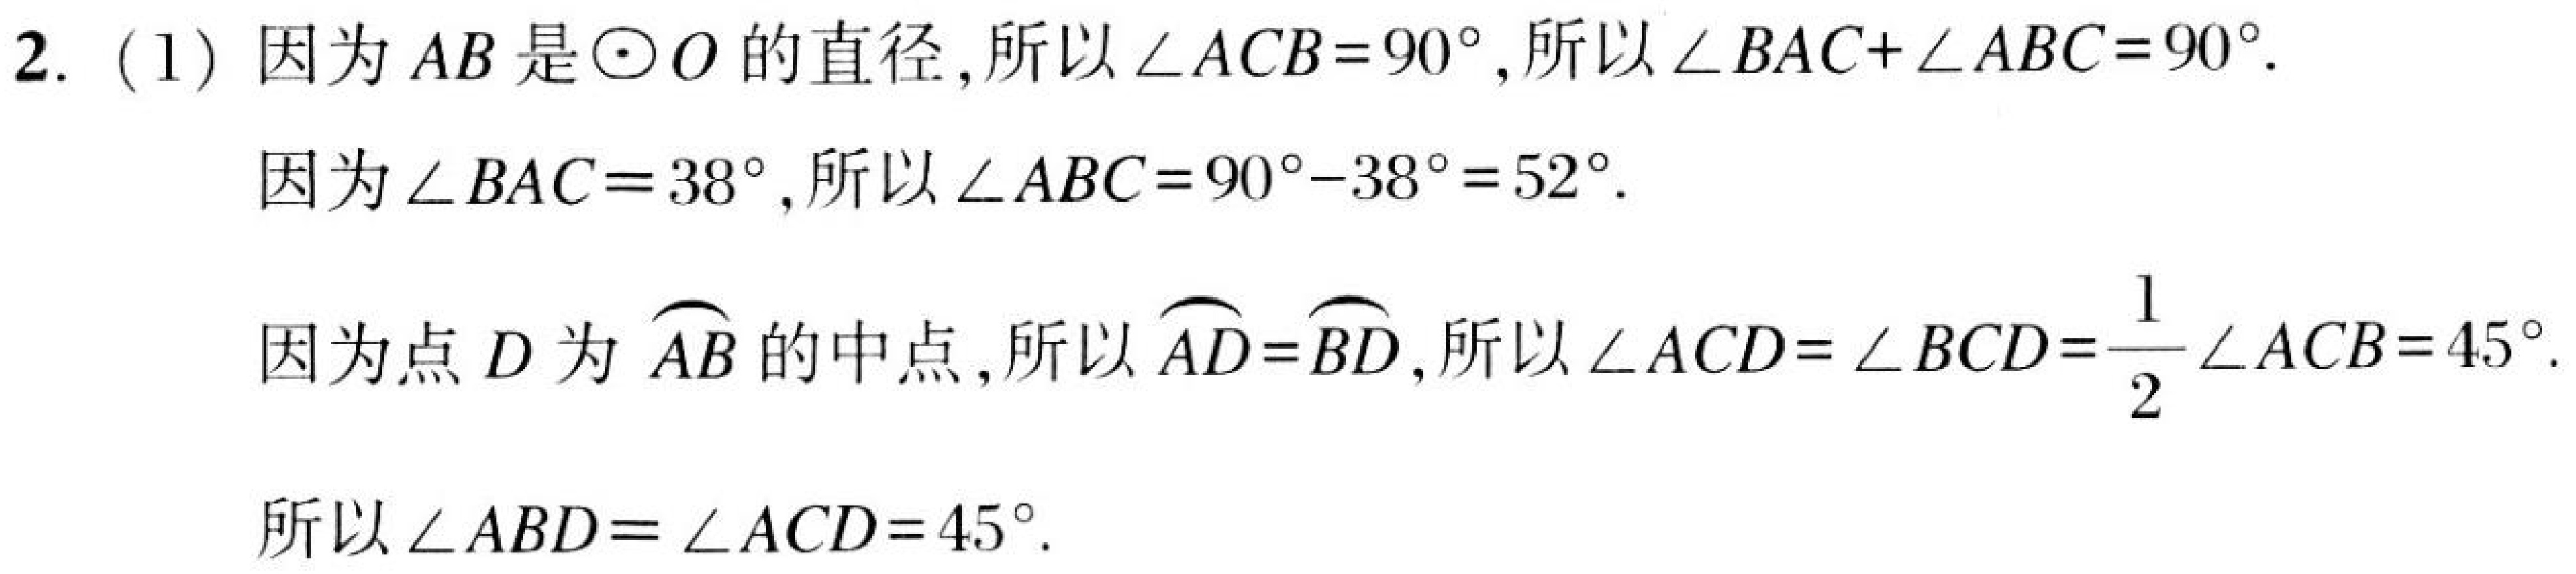
2. (1) 因为$AB$是$\odot O$的直径,所以$\angle ACB = 90^{\circ}$,所以$\angle BAC+\angle ABC = 90^{\circ}$.
因为$\angle BAC = 38^{\circ}$,所以$\angle ABC = 90^{\circ}-38^{\circ}=52^{\circ}$.
因为点$D$为$\overset{\frown}{AB}$的中点,所以$\overset{\frown}{AD}=\overset{\frown}{BD}$,所以$\angle ACD = \angle BCD=\dfrac{1}{2}\angle ACB = 45^{\circ}$.
所以$\angle ABD=\angle ACD = 45^{\circ}$.